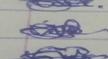
Signature authenticity: genuine